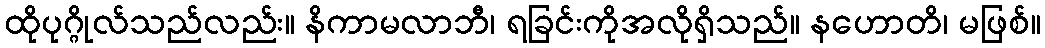
ထိုပုဂ္ဂိုလ်သည်လည်း။ နိကာမလာဘီ၊ ရခြင်းကိုအလိုရှိသည်။ နဟောတိ၊ မဖြစ်။